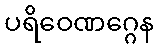
ပရိဝေဏဂ္ဂေန